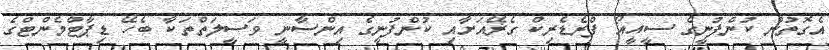
އެގޮތުން ކުންފުނީގެ ސީއީއޯ ފްރެޑެރިކް ގެޜޭއަށާއި ކުންފުނީގެ އިންސާނީ ވަސީލަތްތަކާ ބެހޭ ޑިޕާޓްމެންޓްގެ